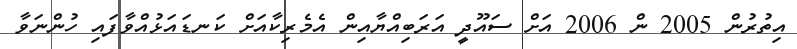
އިތުރުން 2005 ން 2006 އަށް ސައޫދީ އަރަބިއްޔާއިން އެމެރިކާއަށް ކަނޑައަޅުއްވާފައި ހުންނަވާ